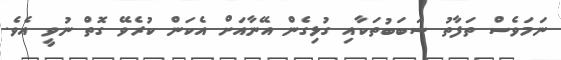
ނަމަވެސް ތަފާތު ސަބަބުތަކާއި ގުޅިގެން އޭނާއަށް އެކަން ކުރެވޭ ގޮތް ނުވީ އެވެ.